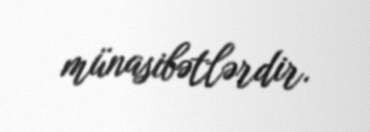
münasibətlərdir.